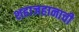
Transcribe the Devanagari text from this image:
शहाजहानाची